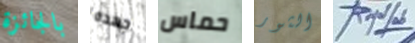
بالجائزة جهده حماس الثور RoyalLab